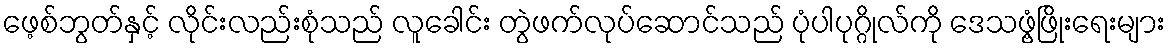
ဖေ့စ်ဘွတ်နှင့် လိုင်းလည်းစုံသည် လူခေါင်း တွဲဖက်လုပ်ဆောင်သည် ပုံပါပုဂ္ဂိုလ်ကို ဒေသဖွံ့ဖြိုးရေးများ